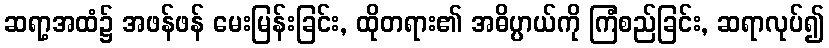
ဆရာ့အထံ၌ အဖန်ဖန် မေးမြန်းခြင်း, ထိုတရား၏ အဓိပ္ပာယ်ကို ကြံစည်ခြင်း, ဆရာလုပ်၍